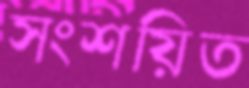
সংশয়িত